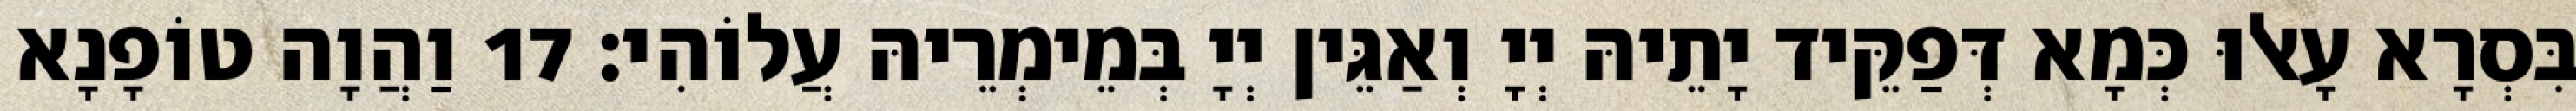
בִּסְרָא עָאלוּ כְּמָא דְּפַקֵּיד יָתֵיהּ יְיָ וְאַגֵּין יְיָ בְּמֵימְרֵיהּ עֲלוֹהִי׃ 17 וַהֲוָה טוֹפָנָא